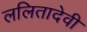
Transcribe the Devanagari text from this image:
ललितादेवी